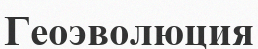
Геоэволюция